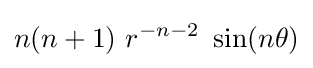
n(n+1)~r^{-n-2}~\sin(n\theta )